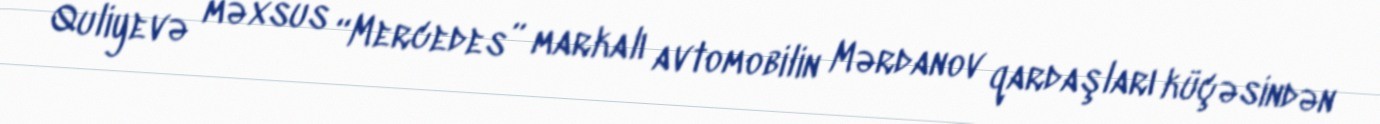
Quliyevə məxsus “Mercedes” markalı avtomobilin Mərdanov qardaşları küçəsindən